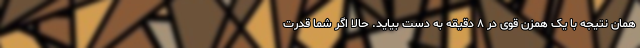
همان نتیجه با یک همزن قوی در ۸ دقیقه به دست بیاید. حالا اگر شما قدرت